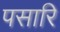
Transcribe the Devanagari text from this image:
पसारि